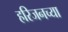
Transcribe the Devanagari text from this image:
हरिजनच्या